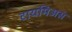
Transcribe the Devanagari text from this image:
टायमिअस